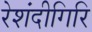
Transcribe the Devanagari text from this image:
रेशंदीगिरि